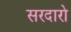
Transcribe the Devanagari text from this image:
सरदारो